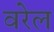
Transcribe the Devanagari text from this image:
वरेल